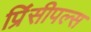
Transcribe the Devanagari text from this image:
प्रिंसीपल्स